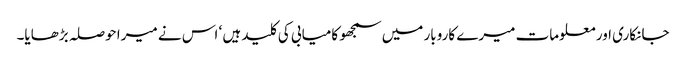
جانکاری اور معلومات میرے کاروبار میں سمجھو کامیابی کی کلید ہیں ‘ اس نے میرا حوصلہ بڑھایا۔